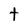
Character: t